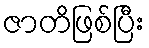
ဇာတိဖြစ်ပြီး